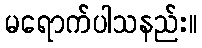
မရောက်ပါသနည်း။